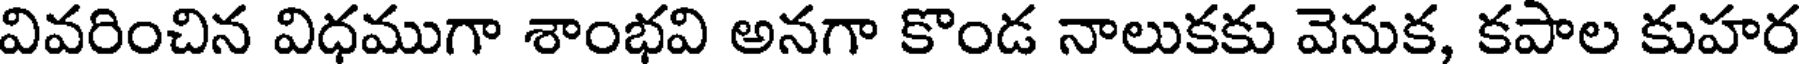
వివరించిన విధముగా శాంభవి అనగా కొండ నాలుకకు వెనుక, కపాల కుహర